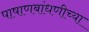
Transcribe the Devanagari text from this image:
पाषाणबांधणीच्या